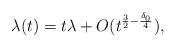
LaTeX: \begin{align*}\lambda(t)=t\lambda+O(t^{\frac{3}{2}-\frac{\delta_{0}}{4}}), \end{align*}